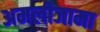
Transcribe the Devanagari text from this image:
अमलीजामा